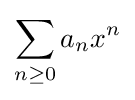
\sum _{n\geq 0}a_{n}x^{n}